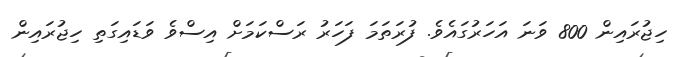
ހިޖުރައިން 800 ވަނަ އަހަރުގައެވެ. ފުރަތަމަ ފަހަރު ރަސްކަމަށް އިސްވެ ވަޑައިގަތި ހިޖުރައިން